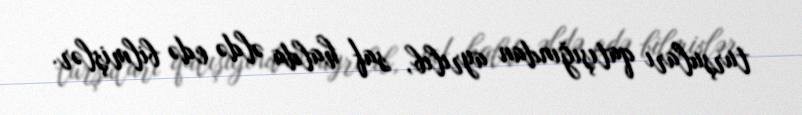
turşuları qatışığından ayrılıb, saf halda əldə edə bilmişlər.